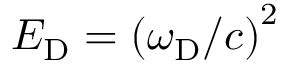
E _ { \mathrm { D } } = \left( \omega _ { \mathrm { D } } / c \right) ^ { 2 }